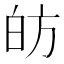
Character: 𭽍